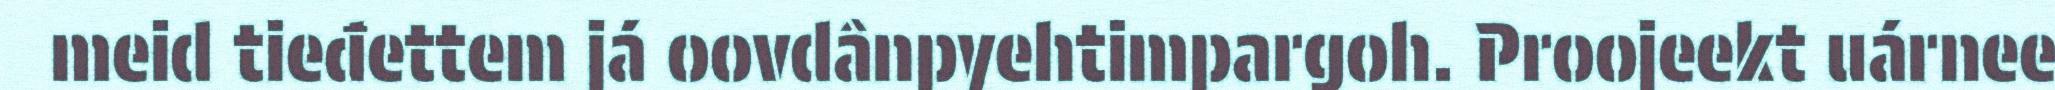
meid tieđettem já oovdânpyehtimpargoh. Proojeekt uárnee